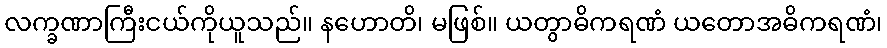
လက္ခဏာကြီးငယ်ကိုယူသည်။ နဟောတိ၊ မဖြစ်။ ယတွာဓိကရဏံ ယတောအဓိကရဏံ၊